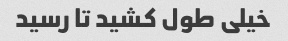
خیلی طول کشید تا رسید